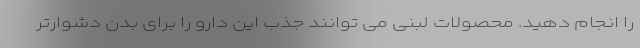
را انجام دهید. محصولات لبنی می توانند جذب این دارو را برای بدن دشوارتر